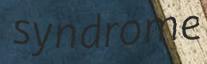
syndrome